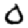
Digit: 0